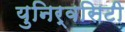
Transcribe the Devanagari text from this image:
युनिर्वसिटी